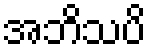
အဘိသပိ